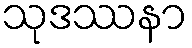
သုဒဿနာ